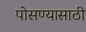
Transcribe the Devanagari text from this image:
पोसण्यासाठी